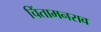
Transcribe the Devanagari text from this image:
चिंतामनराव